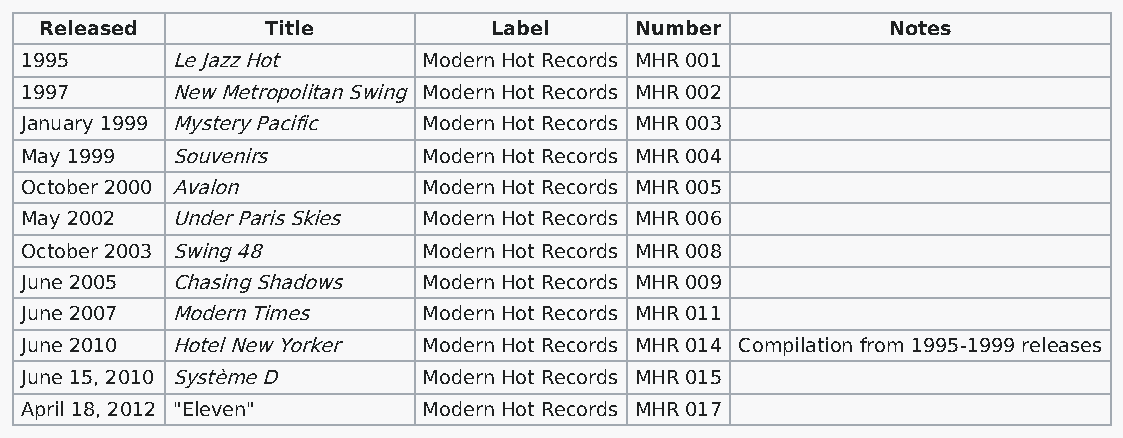
Released       Title          Label    Number           Notes
 1995      Le Jazz Hot      Modern Hot Records MHR 001
 1997      New Metropolitan Swing Modern Hot Records MHR 002
 January 1999 Mystery Pacific Modern Hot Records MHR 003
 May 1999  Souvenirs        Modern Hot Records MHR 004
 October 2000 Avalon        Modern Hot Records MHR 005
 May 2002  Under Paris Skies Modern Hot Records MHR 006
 October 2003 Swing 48      Modern Hot Records MHR 008
 June 2005 Chasing Shadows  Modern Hot Records MHR 009
 June 2007 Modern Times     Modern Hot Records MHR 011
 June 2010 Hotel New Yorker Modern Hot Records MHR 014 Compilation from 1995-1999 releases
 June 15, 2010 Système D    Modern Hot Records MHR 015
 April 18, 2012 "Eleven"    Modern Hot Records MHR 017